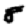
Digit: 8